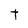
Character: t